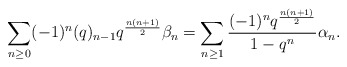
\begin{align*} \sum_{n \geq 0} (-1)^n (q)_{n-1} q^{\frac{n(n+1)}{2}} \beta_{n} = \sum_{n \geq 1} \frac{(-1)^n q^{\frac{n(n+1)}{2}}}{1-q^n} \alpha_{n}.\end{align*}